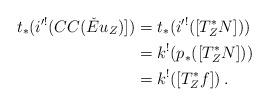
LaTeX: \begin{align*}t_*(i'^!(CC(\check{E}u_Z)]) &= t_*(i'^!([T^*_ZN])) \\&= k^!(p_*([T^*_ZN])) \\&= k^!([T^*_Zf])\:.\end{align*}